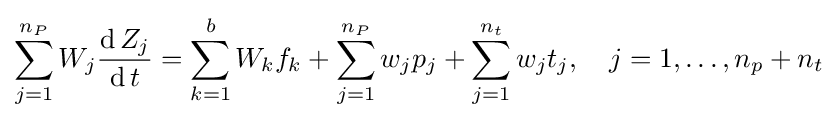
\sum _{j=1}^{n_{P}}W_{j}{\frac {\operatorname {d} Z_{j}}{\operatorname {d} t}}=\sum _{k=1}^{b}W_{k}f_{k}+\sum _{j=1}^{n_{P}}w_{j}p_{j}+\sum _{j=1}^{n_{t}}w_{j}t_{j},\quad j=1,\dots ,n_{p}+n_{t}